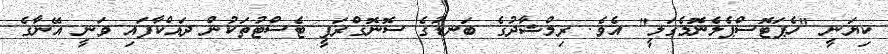
ކިޔަނީ "ހެޕަޓޮސްޕެލެނޮމެގަލީ" އެވެ. ރިމްޝާދުގެ ބަނޑުގެ ސޮނޮގްރަފީ ޓެސްޓުތަކުން ދައްކާފައި ވަނީ އޭނާގެ